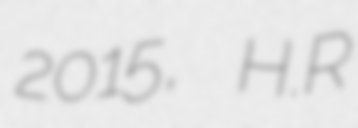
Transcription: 2015, H.R